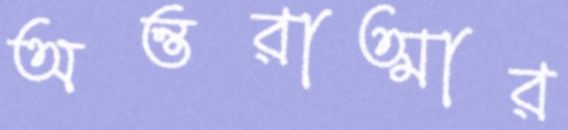
অন্তরাত্মার